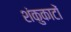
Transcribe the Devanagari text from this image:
शंकुकाटों